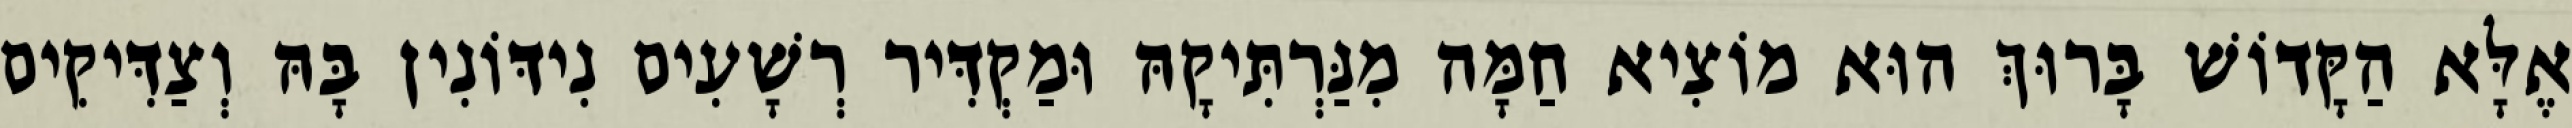
אֶלָּא הַקָּדוֹשׁ בָּרוּךְ הוּא מוֹצִיא חַמָּה מִנַּרְתִּיקָהּ וּמַקְדִּיר רְשָׁעִים נִידּוֹנִין בָּהּ וְצַדִּיקִים